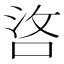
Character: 𠳛